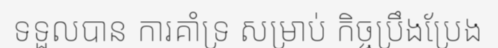
ទទួលបាន ការគាំទ្រ សម្រាប់ កិច្ចប្រឹងប្រែង